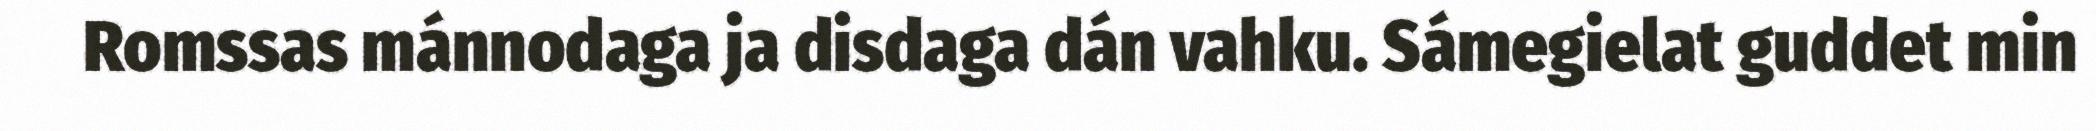
Romssas mánnodaga ja disdaga dán vahku. Sámegielat guddet min